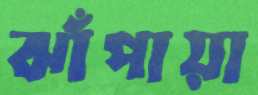
ঝাঁপায়া